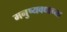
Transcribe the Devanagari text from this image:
मनुष्यवधाच्या